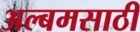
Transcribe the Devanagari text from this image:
अल्बमसाठी